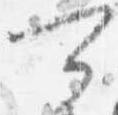
可